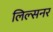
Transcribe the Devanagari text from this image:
लिल्सनर